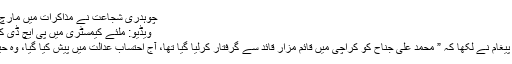
چوہدری شجاعت نے مذاکرات میں مارچ تک تبدیلی آنے کا کہا تھا،…
ویڈیو: ملئے کیمسٹری میں پی ایچ ڈی کرنیوالے سب انسپکٹر محمد…
خواجہ محمد آصف اپنے ٹوئٹر پیغام نے لکھا کہ ” محمد علی جناح کو کراچی میں قائم مزار قائد سے گرفتار کرلیا گیا تھا، آج احتساب عدالت میں پیش کیا گیا، وہ حیران اور پریشان دکھائی دیئے۔